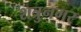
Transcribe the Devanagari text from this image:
शत्रुनगर